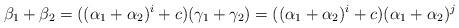
LaTeX: \begin{align*}\beta_1+\beta_2 = ((\alpha_1+\alpha_2)^i +c) (\gamma_1+\gamma_2)=((\alpha_1+\alpha_2)^i +c)(\alpha_1+\alpha_2)^j\end{align*}